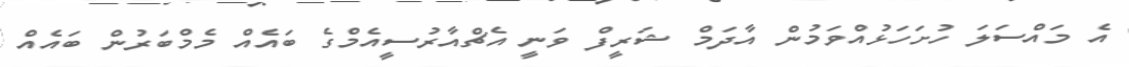
އެ މައްސަލަ ހުށަހަޅުއްވަމުން އާދަމް ޝަރީފް ވަނީ އެޗްއާރުސީއެމްގެ ބައެއް މެމްބަރުން ބައެއް